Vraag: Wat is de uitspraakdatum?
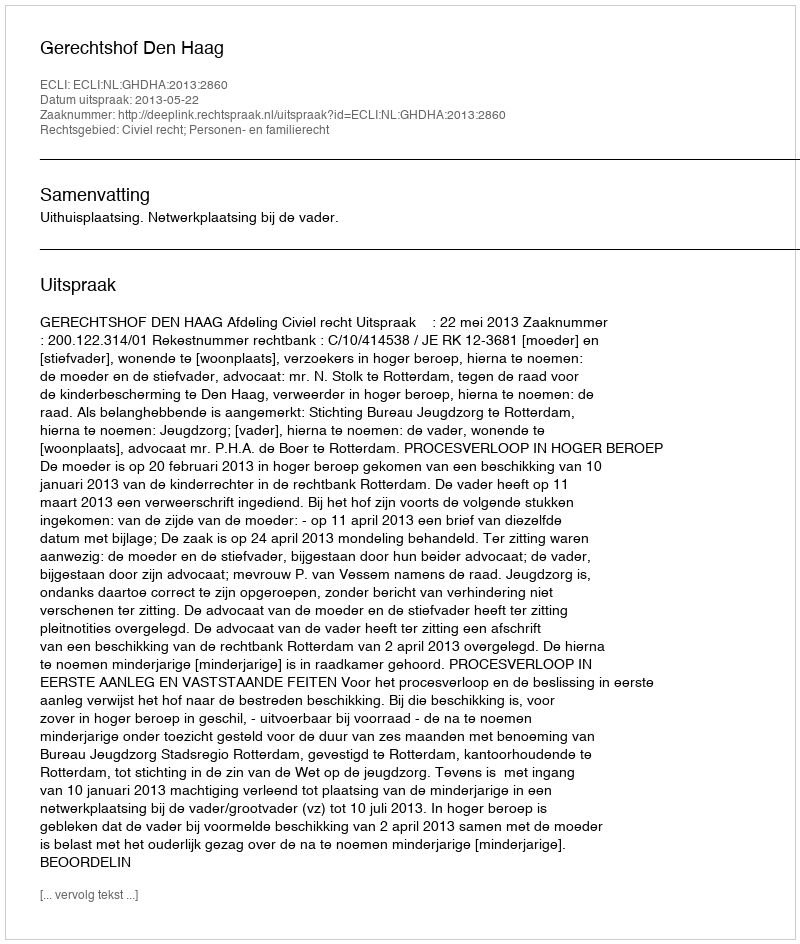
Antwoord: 2013-05-22